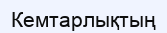
Кемтарлықтың